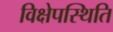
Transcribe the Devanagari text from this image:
विक्षेपस्थिति